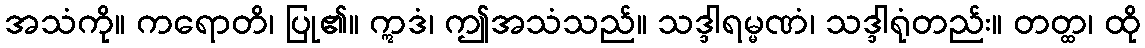
အသံကို။ ကရောတိ၊ ပြု၏။ ဣဒံ၊ ဤအသံသည်။ သဒ္ဒါရမ္မဏံ၊ သဒ္ဒါရုံတည်း။ တတ္ထ၊ ထို